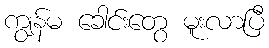
ကျွန်မ ခေါင်းတွေ မူးလာပြီ